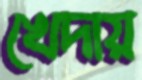
খেদায়